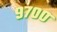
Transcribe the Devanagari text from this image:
९७००